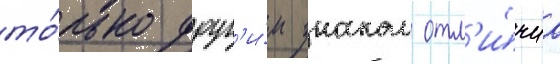
то́лько друг'и́м знаком отл'и́чиа